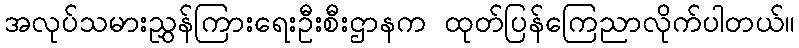
အလုပ်သမားညွှန်ကြားရေးဦးစီးဌာနက ထုတ်ပြန်ကြေညာလိုက်ပါတယ်။